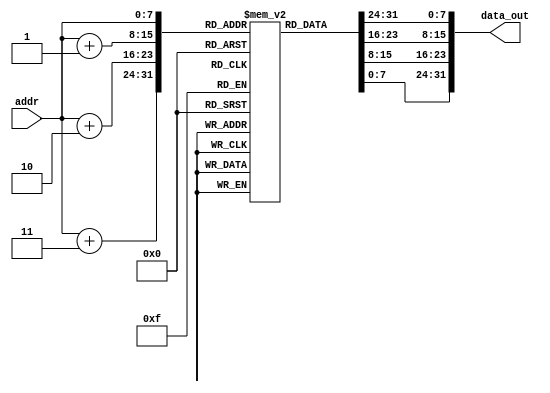
`timescale 1ns / 1ps
//////////////////////////////////////////////////////////////////////////////////
// Company: 
// Engineer: 
// 
// Design Name: 
// Module Name: InstMem
// Project Name: 
// Target Devices: 
// Tool Versions: 
// Description: 
// 
// Dependencies: 
// 
// Revision:
// Revision 0.01 - File Created
// Additional Comments:
// 
//////////////////////////////////////////////////////////////////////////////////

module InstMem (
    //input [5:0] addr, 
    input [7:0] addr, 
    output [31:0] data_out
    ); 
    //reg [31:0] mem [0:63];
    reg [7:0] mem [0:255];
    
   initial begin


//        mem[0]=32'b00000000000000000000000000110011 ; //add x0, x0, x0//added to be skipped since PC starts with 4 after reset 
//        mem[1]=32'b00000000000000000010000010000011 ; //lw x1, 0(x0)  17
//        mem[2]=32'b00000000010000000010000100000011 ; //lw x2, 4(x0)  9 
//        mem[3]=32'b00000000100000000010000110000011 ; //lw x3, 8(x0)  25
//        mem[4]=32'b00000000001000001110001000110011 ; //or x4, x1, x2  25
//        mem[5]=32'b00000000001100100000010001100011 ; //beq x4, x3, 8  0 
//        mem[6]=32'b00000000001000001000000110110011 ; //add x3, x1, x2 
//        mem[7]=32'b00000000001000011000001010110011 ; //add x5, x3, x2    34  
//        mem[8]=32'b00000000010100000010011000100011 ; //sw x5, 12(x0) 0
//        mem[9]=32'b00000000110000000010001100000011 ; //lw x6, 12(x0)  34
//        mem[10]=32'b00000000000100110111001110110011 ; //and x7, x6, x1 0
//        mem[11]=32'b01000000001000001000010000110011 ; //sub x8, x1, x2  8
//        mem[12]=32'b00000000001000001000000000110011 ; //add x0, x1, x2  26
//        mem[13]=32'b00000000000100000000010010110011 ; //add x9, x0, x1 17





//   // # Assign values to registers
//        mem[0]=32'b00000000001000000000000010010011;    // addi x1, x0, 2      2  tested
//        mem[1]=32'b00000000011000000000000100010011;    // addi x2, x0, 6      #  write_data = 6     tested
//        mem[2]=32'b00000001000100000000000110010011;    // addi x3, x0, 17     #  write_data = 17    tested
//        mem[3]=32'b00000010010000000000001000010011;    // addi x4, x0, 36     #  write_data = 36    tested
//        mem[4]=32'b00100011010000000000001010010011;    // addi x5, x0, 564    #  write_data = 564   tested
//        mem[5]=32'b00000000010100101000001010110011;    // add x5, x5, x5      #  write_data = 1128  tested

//        // # Test ADD operation
//        mem[6]=32'b00000000010000011000001100110011;    // add x6, x3, x4      #   write_data = 53   tested
//        //# Test SUB operation
//        mem[7]=32'b01000000001000100000001110110011;    // sub x7, x4, x2      #  write_data = 30  tested
//        // # Test XOR operation
//        mem[8]=32'b00000000001000100100010000110011;    // xor x8, x4, x2      #    write_data = 34 tested
//        // # Test OR operation
//        mem[9]=32'b00000000001000100110010010110011;    // or x9, x4, x2       #  write_data = 38 tested
//        // # Test AND operation
//        mem[10]=32'b00000000001000100111010100110011;   // and x10, x4, x2      #  write_data = 4 tested
//        // # Test SLL operation 
//        mem[11]=32'b00000000000100100001010110110011;// sll x11, x4, x1      # x1 << x2  144 tested
//        // # Test SRL operation
//        mem[12]=32'b00000000000100100101011000110011;// srl x12, x4, x1      # x2 >> x1  9 tested
//        // # Test SRA operation
//        mem[13]=32'b01000000000100100101011010110011;// sra x13, x4, x1     # x1 >> x2   9 tested
//        // # Test ADDI operation
//        mem[14]=32'b00000000011100010000011100010011;// addi x14, x2, 7     # 13         tested
//        // # Test XORI operation
//        mem[15]=32'b00000000111100010100011110010011;// xori x15, x2, 15    # 9          tested
//        // # Test ORI operation 
//        mem[16]=32'b00000001010000001110100000010011;// ori x16, x1, 20     # 22         tested
//        // # Test SLLI operation
//        mem[17]=32'b00000000010100101001100010010011;// slli x17, x5, 5     #  x5 << 5   36096   tested
//        // # Test SRLI operation 
//        mem[18]=32'b00000000010100100101100100010011;// srli x18, x4, 5     # x4 >> 5     1   tested
//        // # Test SRAI operation
//        mem[19]=32'b01000000000100010101100110010011;// srai x19, x2, 1     # x2 >> 1  needs to be tested again

//         // # Assign values to registers
//        mem[20]=32'b00000010010000000000101000010011; // addi x20,x0,36   # write_data = 36
//        // # Test BEQ taken  tested
//        mem[21]=32'b00000001010000100000010001100011; // beq x4, x20, eq_label # Branch if x20 == x4
//        mem[22]=32'b00000000000100000000101010010011; // addi x21, x0, 1     # x21 = 1
//        mem[23]=32'b00000000001000000000101010010011; // eq_label: addi x21, x0, 2     # x21 = 2
//        // # Test BEQ not taken tested
//        mem[24]=32'b00000001010000101000010001100011; // beq x5, x20, eq_label2 # Branch if x20 == x5
//        mem[25]=32'b00000000000100000000101010010011; // addi x21, x0, 1     # x21 = 1
//        mem[26]=32'b00000000001000000000101010010011; // eq_label2: addi x21, x0, 2     # x21 = 2
//        // # Test BNE taken  tested
//        mem[27]=32'b00000000001000001001010001100011; // bne x1, x2, ne_label # Branch if x1 != x2  
//        mem[28]=32'b00000000000100000000101100010011; // addi x22, x0, 1     # x22 = 1
//        mem[29]=32'b00000000001000000000101100010011; // ne_label: addi x22, x0, 2     # x22 = 2
//        // # Test BNE not taken tested
//        mem[30]=32'b00000001010000100001010001100011; // bne x4, x20, ne_label2 # Branch if x4 != x20 
//        mem[31]=32'b00000000000100000000101100010011; // addi x22, x0, 1     # x22 = 1
//        mem[32]=32'b00000000001000000000101100010011; // ne_label2: addi x22, x0, 2     # x22 = 2
//        // # Test BLT taken tested
//        mem[33]=32'b00000000001000001100010001100011; // blt x1, x2, lt_label # Branch if x1 < x2 2<6
//        mem[34]=32'b00000000000100000000101110010011; // addi x23, x0, 1     # x23 = 1
//        mem[35]=32'b00000000001000000000101110010011; // lt_label: addi x23, x0, 2    # x23 = 2
//        // # Test BLT not taken tested
//        mem[36]=32'b00000000000100010100010001100011; // blt x2, x1, lt_label2 # Branch if x2 < x1
//        mem[37]=32'b00000000000100000000101110010011; // addi x23, x0, 1     # x23 = 1
//        mem[38]=32'b00000000001000000000101110010011; // lt_label2: addi x23, x0, 2    # x23 = 2
//        // # Test BGE taken tested
//        mem[39]=32'b00000000001100100101010001100011; // bge x4, x3, ge_label # Branch if x4 >= x3
//        mem[40]=32'b00000000000100000000110000010011; // addi x24, x0, 1     # x24 = 1
//        mem[41]=32'b00000000001000000000110000010011; // ge_label: addi x24, x0, 2     # x20 = 2
//        // # Test BGE not taken tested
//        mem[42]=32'b00000000010000011101010001100011; // bge x3, x4, ge_label2 # Branch if x3 >= x4
//        mem[43]=32'b00000000000100000000110000010011; // addi x24, x0, 1     # x24 = 1
//        mem[44]=32'b00000000001000000000110000010011; // ge_label2: addi x24, x0, 2     # x20 = 2
//        // # Test BLTU taken tested
//        mem[45]=32'b00000000001000001110010001100011; // bltu x1, x2, ltu_label # Branch if x1 < x2 (unsigned)
//        mem[46]=32'b00000000000100000000110010010011; // addi x25, x0, 1     # x25 = 1
//        mem[47]=32'b00000000001000000000110010010011; // ltu_label:addi x25, x0, 2     # x25 = 2
//        // # Test BLTU not taken tested
//        mem[48]=32'b00000000000100010110010001100011; // bltu x2, x1, ltu_label2 # Branch if x2 < x1 (unsigned)
//        mem[49]=32'b00000000000100000000110010010011; // addi x25, x0, 1     # x25 = 1
//        mem[50]=32'b00000000001000000000110010010011; // ltu_label2:addi x25, x0, 2     # x25 = 2
//        // # Test BGEU taken tested
//        mem[51]=32'b00000000001100100111010001100011; // bgeu x4, x3, bgeu_label # Branch if x4 >= x3 (unsigned)
//        mem[52]=32'b00000000000100000000110100010011; // addi x26, x0, 1     # x26 = 1
//        mem[53]=32'b00000000001000000000110100010011; // bgeu_label: addi x26, x0, 2     # x26 = 2
//        // # Test BGEU not taken tested
//        mem[54]=32'b00000000010000011111010001100011; //bgeu x3, x4, bgeu_label2 # Branch if x3 >= x4 (unsigned)
//        mem[55]=32'b00000000000100000000110110010011; //addi x27, x0, 1     # x27 = 1
//        mem[56]=32'b00000000001000000000110110010011; //bgeu_label2: addi x27, x0, 2     # x27 = 2
//        // #Set less than instructions
//        // # Test SLT operation
//        // # The condition is true  tested
//        mem[57]=32'b00000000001000001010111000110011; // slt x28, x1, x2      # Set x28 = 1 if x1 < x2, else x26 = 0
//        // # The condition is false tested
//        mem[58]=32'b00000000000100010010111000110011; //  slt x28, x2, x1      # Set x28 = 1 if x2 < x1, else x26 = 0
//        // # Test SLTU operation
//        // # The condition is true  tested
//        mem[59]=32'b00000000001000001011111010110011; // sltu x29, x1, x2     # Set x29 = 1 if x1 < x2 (unsigned), else x29 = 0
//        // # The condition is false tested
//        mem[60]=32'b00000000000100010011111010110011; // sltu x29, x2, x1     # Set x29 = 1 if x2 < x1 (unsigned), else x29 = 0
//        // # Test SLTI operation
//        // # The condition is true  tested
//        mem[61]=32'b00000000101000010010111100010011; // slti x30, x2, 10     # Set x30 = 1 if x2 < 10, else x30 = 0
//        // # The condition is false tested
//        mem[62]=32'b00000000010100010010111100010011; // slti x30, x2, 5     # Set x30 = 1 if x2 < 5, else x30 = 0
//        // Test SLTIU operation
//        // # The condition is true tested
//        mem[63]=32'b00000000101000001011111110010011; // sltiu x31, x1, 10    # Set x31 = 1 if x1 < 10 (unsigned), else x32 = 0
////        // # The condition is false tested
////        mem[64]=32'b00000000010100001011111110010011; // sltiu x31, x1, 5    # Set x31 = 1 if x1 < 5 (unsigned), else x32 = 0




//        {mem[0],mem[1],mem[2],mem[3]}    =32'b0000000_00000_00000_000_00000_0110011 ; //add x0, x0, x0//added to be skipped since PC starts with 4 after reset 
//        {mem[4],mem[5],mem[6],mem[7]}    =32'b000000000000_00000_010_00001_0000011 ; //lw x1, 0(x0)  17
//        {mem[8],mem[9],mem[10],mem[11]}  =32'b000000000100_00000_010_00010_0000011 ; //lw x2, 4(x0)  9 
//        {mem[12],mem[13],mem[14],mem[15]}=32'b000000001000_00000_010_00011_0000011 ; //lw x3, 8(x0)  25
//        {mem[16],mem[17],mem[18],mem[19]}=32'b0000000_00010_00001_110_00100_0110011 ; //or x4, x1, x2  25
//        {mem[20],mem[21],mem[22],mem[23]}=32'b0000_0000_0011_0010_0000_0100_0110_0011; //beq x4, x3, 4  0 
//        {mem[24],mem[25],mem[26],mem[27]}=32'b0000000_00010_00001_000_00011_0110011 ; //add x3, x1, x2 
//        {mem[28],mem[29],mem[30],mem[31]}=32'b0000000_00010_00011_000_00101_0110011 ; //add x5, x3, x2    34  
//        {mem[32],mem[33],mem[34],mem[35]}=32'b0000000_00101_00000_010_01100_0100011; //sw x5, 12(x0) 0
//        {mem[36],mem[37],mem[38],mem[39]}=32'b000000001100_00000_010_00110_0000011 ; //lw x6, 12(x0)  34
//        {mem[40],mem[41],mem[42],mem[43]}=32'b0000000_00001_00110_111_00111_0110011 ; //and x7, x6, x1 0
//        {mem[44],mem[45],mem[46],mem[47]}=32'b0100000_00010_00001_000_01000_0110011 ; //sub x8, x1, x2  8
//        {mem[48],mem[49],mem[50],mem[51]}=32'b0000000_00010_00001_000_00000_0110011 ; //add x0, x1, x2  26
//        {mem[52],mem[53],mem[54],mem[55]}=32'b0000000_00001_00000_000_01001_0110011 ; //add x9, x0, x1 17





//        //mem[addr],mem[addr+1],mem[addr+2],mem[addr+3]
////        // # Assign values to registers
        {mem[0],mem[1],mem[2],mem[3]}    =32'b00000000001000000000000010010011;    // addi x1, x0, 2      2  tested
        {mem[4],mem[5],mem[6],mem[7]}    =32'b00000000011000000000000100010011;    // addi x2, x0, 6      #  write_data = 6     tested
        {mem[8],mem[9],mem[10],mem[11]}  =32'b00000001000100000000000110010011;    // addi x3, x0, 17     #  write_data = 17    tested
        {mem[12],mem[13],mem[14],mem[15]}=32'b00000010010000000000001000010011;    // addi x4, x0, 36     #  write_data = 36    tested
        {mem[16],mem[17],mem[18],mem[19]}=32'b00100011010000000000001010010011;    // addi x5, x0, 564    #  write_data = 564   tested
        {mem[20],mem[21],mem[22],mem[23]}=32'b00000000010100101000001010110011;    // add x5, x5, x5      #  write_data = 1128  tested
        // # Test ADD operation
        {mem[24],mem[25],mem[26],mem[27]}=32'b00000000010000011000001100110011;    // add x6, x3, x4      #   write_data = 53   tested
        //# Test SUB operation
        {mem[28],mem[29],mem[30],mem[31]}=32'b01000000001000100000001110110011;    // sub x7, x4, x2      #  write_data = 30  tested
        // # Test XOR operation
        {mem[32],mem[33],mem[34],mem[35]}=32'b00000000001000100100010000110011;    // xor x8, x4, x2      #    write_data = 34 tested
        // # Test OR operation
        {mem[36],mem[37],mem[38],mem[39]}=32'b00000000001000100110010010110011;    // or x9, x4, x2       #  write_data = 38 tested
        // # Test AND operation
        {mem[40],mem[41],mem[42],mem[43]}=32'b00000000001000100111010100110011;   // and x10, x4, x2      #  write_data = 4 tested
        // # Test SLL operation 
        {mem[44],mem[45],mem[46],mem[47]}=32'b00000000000100100001010110110011;// sll x11, x4, x1      # x1 << x2  144 tested
        // # Test SRL operation
        {mem[48],mem[49],mem[50],mem[51]}=32'b00000000000100100101011000110011;// srl x12, x4, x1      # x2 >> x1  9 tested
        // # Test SRA operation
        {mem[52],mem[53],mem[54],mem[55]}=32'b01000000000100100101011010110011;// sra x13, x4, x1     # x1 >> x2   9 tested
        // # Test ADDI operation
        {mem[56],mem[57],mem[58],mem[59]}=32'b00000000011100010000011100010011;// addi x14, x2, 7     # 13         tested
        // # Test XORI operation
        {mem[60],mem[61],mem[62],mem[63]}=32'b00000000111100010100011110010011;// xori x15, x2, 15    # 9          tested
        // # Test ORI operation 
        {mem[64],mem[65],mem[66],mem[67]}=32'b00000001010000001110100000010011;// ori x16, x1, 20     # 22         tested
        // # Test SLLI operation
        {mem[68],mem[69],mem[70],mem[71]}=32'b00000000010100101001100010010011;// slli x17, x5, 5     #  x5 << 5   36096   tested
        // # Test SRLI operation 
        {mem[72],mem[73],mem[74],mem[75]}=32'b00000000010100100101100100010011;// srli x18, x4, 5     # x4 >> 5     1   tested
        // # Test SRAI operation
        {mem[76],mem[77],mem[78],mem[79]}=32'b01000000000100010101100110010011;// srai x19, x2, 1     # x2 >> 1  needs to be tested again

         // # Assign values to registers
        {mem[80],mem[81],mem[82],mem[83]}=32'b00000010010000000000101000010011; // addi x20,x0,36   # write_data = 36
        // # Test BEQ taken  tested
        {mem[84],mem[85],mem[86],mem[87]}=32'b00000001010000100000010001100011; // beq x4, x20, eq_label # Branch if x20 == x4
        {mem[88],mem[89],mem[90],mem[91]}=32'b00000000000100000000101010010011; // addi x21, x0, 1     # x21 = 1
        {mem[92],mem[93],mem[94],mem[95]}=32'b00000000001000000000101010010011; // eq_label: addi x21, x0, 2     # x21 = 2
        // # Test BEQ not taken tested
        {mem[96],mem[97],mem[98],mem[99]}=32'b00000001010000101000010001100011; // beq x5, x20, eq_label2 # Branch if x20 == x5
        {mem[100],mem[101],mem[102],mem[103]}=32'b00000000000100000000101010010011; // addi x21, x0, 1     # x21 = 1
        {mem[104],mem[105],mem[106],mem[107]}=32'b00000000001000000000101010010011; // eq_label2: addi x21, x0, 2     # x21 = 2
        // # Test BNE taken  tested
        {mem[108],mem[109],mem[110],mem[111]}=32'b00000000001000001001010001100011; // bne x1, x2, ne_label # Branch if x1 != x2  
        {mem[112],mem[113],mem[114],mem[115]}=32'b00000000000100000000101100010011; // addi x22, x0, 1     # x22 = 1
        {mem[116],mem[117],mem[118],mem[119]}=32'b00000000001000000000101100010011; // ne_label: addi x22, x0, 2     # x22 = 2
        // # Test BNE not taken tested
        {mem[120],mem[121],mem[122],mem[123]}=32'b00000001010000100001010001100011; // bne x4, x20, ne_label2 # Branch if x4 != x20 
        {mem[124],mem[125],mem[126],mem[127]}=32'b00000000000100000000101100010011; // addi x22, x0, 1     # x22 = 1
        {mem[128],mem[129],mem[130],mem[131]}=32'b00000000001000000000101100010011; // ne_label2: addi x22, x0, 2     # x22 = 2
        // # Test BLT taken tested
        {mem[132],mem[133],mem[134],mem[135]}=32'b00000000001000001100010001100011; // blt x1, x2, lt_label # Branch if x1 < x2 2<6
        {mem[136],mem[137],mem[138],mem[139]}=32'b00000000000100000000101110010011; // addi x23, x0, 1     # x23 = 1
        {mem[140],mem[141],mem[142],mem[143]}=32'b00000000001000000000101110010011; // lt_label: addi x23, x0, 2    # x23 = 2
        // # Test BLT not taken tested
        {mem[144],mem[145],mem[146],mem[147]}=32'b00000000000100010100010001100011; // blt x2, x1, lt_label2 # Branch if x2 < x1
        {mem[148],mem[149],mem[150],mem[151]}=32'b00000000000100000000101110010011; // addi x23, x0, 1     # x23 = 1
        {mem[152],mem[153],mem[154],mem[155]}=32'b00000000001000000000101110010011; // lt_label2: addi x23, x0, 2    # x23 = 2
        // # Test BGE taken tested
        {mem[156],mem[157],mem[158],mem[159]}=32'b00000000001100100101010001100011; // bge x4, x3, ge_label # Branch if x4 >= x3
        {mem[160],mem[161],mem[162],mem[163]}=32'b00000000000100000000110000010011; // addi x24, x0, 1     # x24 = 1
        {mem[164],mem[165],mem[166],mem[167]}=32'b00000000001000000000110000010011; // ge_label: addi x24, x0, 2     # x20 = 2
        // # Test BGE not taken tested
        {mem[168],mem[169],mem[170],mem[171]}=32'b00000000010000011101010001100011; // bge x3, x4, ge_label2 # Branch if x3 >= x4
        {mem[172],mem[173],mem[174],mem[175]}=32'b00000000000100000000110000010011; // addi x24, x0, 1     # x24 = 1
        {mem[176],mem[177],mem[178],mem[179]}=32'b00000000001000000000110000010011; // ge_label2: addi x24, x0, 2     # x20 = 2
        // # Test BLTU taken tested
        {mem[180],mem[181],mem[182],mem[183]}=32'b00000000001000001110010001100011; // bltu x1, x2, ltu_label # Branch if x1 < x2 (unsigned)
        {mem[184],mem[185],mem[186],mem[187]}=32'b00000000000100000000110010010011; // addi x25, x0, 1     # x25 = 1
        {mem[188],mem[189],mem[190],mem[191]}=32'b00000000001000000000110010010011; // ltu_label:addi x25, x0, 2     # x25 = 2
        // # Test BLTU not taken tested
        {mem[192],mem[193],mem[194],mem[195]}=32'b00000000000100010110010001100011; // bltu x2, x1, ltu_label2 # Branch if x2 < x1 (unsigned)
        {mem[196],mem[197],mem[198],mem[199]}=32'b00000000000100000000110010010011; // addi x25, x0, 1     # x25 = 1
        {mem[200],mem[201],mem[202],mem[203]}=32'b00000000001000000000110010010011; // ltu_label2:addi x25, x0, 2     # x25 = 2
        // # Test BGEU taken tested
        {mem[204],mem[205],mem[206],mem[207]}=32'b00000000001100100111010001100011; // bgeu x4, x3, bgeu_label # Branch if x4 >= x3 (unsigned)
        {mem[208],mem[209],mem[210],mem[211]}=32'b00000000000100000000110100010011; // addi x26, x0, 1     # x26 = 1
        {mem[212],mem[213],mem[214],mem[215]}=32'b00000000001000000000110100010011; // bgeu_label: addi x26, x0, 2     # x26 = 2
        // # Test BGEU not taken tested
        {mem[216],mem[217],mem[218],mem[219]}=32'b00000000010000011111010001100011; //bgeu x3, x4, bgeu_label2 # Branch if x3 >= x4 (unsigned)
        {mem[220],mem[221],mem[222],mem[223]}=32'b00000000000100000000110110010011; //addi x27, x0, 1     # x27 = 1
        {mem[224],mem[225],mem[226],mem[227]}=32'b00000000001000000000110110010011; //bgeu_label2: addi x27, x0, 2     # x27 = 2
        // #Set less than instructions
        // # Test SLT operation
        // # The condition is true  tested
        {mem[228],mem[229],mem[230],mem[231]}=32'b00000000001000001010111000110011; // slt x28, x1, x2      # Set x28 = 1 if x1 < x2, else x26 = 0
        // # The condition is false tested
        {mem[232],mem[233],mem[234],mem[235]}=32'b00000000000100010010111000110011; //  slt x28, x2, x1      # Set x28 = 1 if x2 < x1, else x26 = 0
        // # Test SLTU operation
        // # The condition is true  tested
        {mem[236],mem[237],mem[238],mem[239]}=32'b00000000001000001011111010110011; // sltu x29, x1, x2     # Set x29 = 1 if x1 < x2 (unsigned), else x29 = 0
        // # The condition is false tested
        {mem[240],mem[241],mem[242],mem[243]}=32'b00000000000100010011111010110011; // sltu x29, x2, x1     # Set x29 = 1 if x2 < x1 (unsigned), else x29 = 0
        // # Test SLTI operation
        // # The condition is true  tested
        {mem[244],mem[245],mem[246],mem[247]}=32'b00000000101000010010111100010011; // slti x30, x2, 10     # Set x30 = 1 if x2 < 10, else x30 = 0
        // # The condition is false tested
        {mem[248],mem[249],mem[250],mem[251]}=32'b00000000010100010010111100010011; // slti x30, x2, 5     # Set x30 = 1 if x2 < 5, else x30 = 0
        // Test SLTIU operation
        // # The condition is true tested
        {mem[252],mem[253],mem[254],mem[255]}=32'b00000000000000000000000001110011; // ecall  
        //{mem[252],mem[253],mem[254],mem[255]}=32'b00000000101000001011111110010011; // sltiu x31, x1, 10    # Set x31 = 1 if x1 < 10 (unsigned), else x32 = 0
        // # The condition is false tested
        //{mem[256],mem[257],mem[258],mem[259]}=32'b00000000010100001011111110010011; // sltiu x31, x1, 5    # Set x31 = 1 if x1 < 5 (unsigned), else x32 = 0








        // # Initialize memory addresses  tested
//        {mem[0], mem[2], mem[3], mem[4]}=32'b00000110010000000000101000010011; // addi x20, x0, 100      # Memory address for byte   
//        mem[2]=32'b00000110100000000000101010010011; // addi x21, x0, 104      # Memory address for halfword  
//        mem[3]=32'b00000110110000000000101100010011; // addi x22, x0, 108      # Memory address for word
//        // # Assign values to registers   tested
//        mem[4]=32'b00000000111100000000000010010011; // addi x1, x0, 15        # Data for byte          1111
//        mem[5]=32'b00111110100000000000000100010011; // addi x2, x0, 1000      # Data for halfword	0011_1110_1000
//        mem[6]=32'b00110111111100000000000110010011; // addi x3, x0, 895       # Data for word
//        mem[7]=32'b00110111111100011000000110010011; // addi x3, x3, 895       # Data for word 
//        mem[8]=32'b00000000001100011000000110110011; // add x3, x3, x3         # Data for word 3580
//        mem[9]=32'b00000000001100011000000110110011; // add x3, x3, x3         # Data for word 7160   0001_1011_1111_1000
//        // # Store data into memory tested
//        mem[10]=32'b00000000000110100000000000100011; // sb  x1, 0(x20)          # Store byte     1111  15   tested
//        mem[11]=32'b00000000001010101001000000100011; // sh  x2, 0(x21)          # Store halfword  0011_1110_1000 --> (1110_1000  + 0000_0011)  tested
//        mem[12]=32'b00000000001110110010000000100011; // sw  x3, 0(x22)          # Store word    0001_1011_1111_1000 --?(1111_1000 + 0001_1011) tested
//        // # Load data from memory tested
//        mem[13]=32'b00000000000010100000001000000011; // lb  x4, 0(x20)          # Load byte   15 tested
//        mem[14]=32'b00000000000010101001001010000011; // lh  x5, 0(x21)          # Load halfword 1000 tested
//        mem[15]=32'b00000000000010110010001100000011; // lw  x6, 0(x22)          # Load word  7160 tested
//        // # Sign-extend byte data and load unsigned byte tested
//        mem[16]=32'b00000000000010100100001110000011; // lbu x7, 0(x20)          # Load unsigned byte  15  tested
//       // mem[16] = 32'b00000000000000000000000001110011; // ecall   
//        // # Load unsigned halfword tested
//        mem[17]=32'b00000000000010101101010000000011; // lhu x8, 0(x21)          # Load unsigned halfword  1000  tested
//        // # After loading data and for simplicity, let's just add some values together tested
//        mem[18]=32'b00000000010100100000010010110011; // add x9, x4, x5         # Add byte and halfword  1015  tested
//        mem[19]=32'b00000000011001001000010100110011; // add x10, x9, x6        # Add previous result with word  1015 + 7160 = 8175  tested
//        // # Store results for verification tested
//        mem[20]=32'b00000111000000000000101110010011; // addi x23, x0, 112      # Memory address for storing results  tested
//        mem[21]=32'b00000000100110111010000000100011; // sw  x9, 0(x23)          # Store result of byte + halfword  0000_0011_1111_0111 (1111_0111 + 0000_0011) tested
//        mem[22]=32'b00000000101010111010001000100011; // sw  x10, 4(x23)         # Store final result  00001_1111_1110_1111 (1110_1111 + 0001_1111) tested
//        // Reading From Memory (initially assigned data) tested
//        mem[23]=32'b00000000000000000000010100000011; //lb x10,0(x0)  4294967189  1111_1111_1111_1111_1111_1111_1001_0101  tested
//        mem[24]=32'b00000000000000000001010100000011; //lh x10,0(x0)  4294936981  1111_1111_1111_1111_1000_1001_1001_0101  tested
//        mem[25]=32'b00000000000000000010010100000011; //lw x10,0(x0)  1247381909  0100_1010_0101_1001_1000_1001_1001_0101  tested
//        mem[26]=32'b00000000000000000100010100000011; //lbu x10,0(x0) 149         0000_0000_0000_0000_0000_0000_1001_0101  tested
//        mem[27]=32'b00000000000000000101010100000011; //lhu x10,0(x0) 35221       0000_0000_0000_0000_1000_1001_1001_0101  tested
      //  mem[28] = 32'b00000000000000000000000001110011; // ecall

//          //JAL and JALR testing 
//          mem[0]=32'b00000001010000000000000010010011; // addi x1, x0, 20     
//          mem[1]=32'b00000001010100000000000100010011; //addi x2, x0, 21   
//          mem[2] = 32'b00000000000000000000000001110011; // ecall   
//          mem[3]=32'b00000000100000000000010101101111; //jal x10,L1
//          mem[4]=32'b00000010100000000000000010010011; //addi x1, x0, 40     
//          mem[5]=32'b00000001100000000000000110010011; //L1:addi x3, x0, 24      
//          mem[6]=32'b00000001011100000000001000010011; //addi x4, x0, 23 
//          mem[7]=32'b00000001100000000000001010010011; //addi x5, x0, 24  
//          mem[8]=32'b00000010110000000000001100010011; //addi x6,x0,44      44
//          mem[9]=32'b00000000100000110000010111100111; // jalr x11, 8(x6)  
//          mem[10]=32'b00000011110000000000000010010011; // addi x1, x0, 60     
//          mem[11]=32'b00000100011000000000000100010011; // addi x2, x0, 70
//          mem[12]=32'b00000001100100000000001000010011; // addi x4, x0, 25 
//          mem[13]=32'b00000001101000000000001010010011; // addi x5, x0, 26
//          mem[14]=32'b00000000111100000000000010010011; // addi x1, x0, 15
//          mem[15]=32'b00000000000010011000001110110111; // lui x7, 152
//          mem[16]=32'b00000000001010010011010000010111; //auipc x8,659


          //JAL and JALR testing 
//          mem[0]=32'b00000001010000000000000010010011; // addi x1, x0, 20     
//          mem[1]=32'b00000001010100000000000100010011; //addi x2, x0, 21   
//          mem[2] =32'b00000001010100000000000100010011; //addi x2, x0, 21  
//          mem[3]=32'b00000000100000000000010101101111; //jal x10,L1 
//          mem[4]=32'b00000010100000000000000010010011; //addi x1, x0, 40     
//          mem[5]=32'b00000001100000000000000110010011; //L1:addi x3, x0, 24      
//          mem[6]=32'b00000001011100000000001000010011; //addi x4, x0, 23 
//          mem[7]=32'b00000001100000000000001010010011; //addi x5, x0, 24  
//          mem[8]=32'b00000010110000000000001100010011; //addi x6,x0,44      44
//          mem[9]=32'b00000000100000110000010111100111; // jalr x11, 8(x6)  
//          mem[10]=32'b00000011110000000000000010010011; // addi x1, x0, 60     
//          mem[11]=32'b00000100011000000000000100010011; // addi x2, x0, 70
//          mem[12]=32'b00000001100100000000001000010011; // addi x4, x0, 25 
//          mem[13]=32'b00000001101000000000001010010011; // addi x5, x0, 26
//          mem[14]=32'b00000000111100000000000010010011; // addi x1, x0, 15
//          mem[15]=32'b00000000000010011000001110110111; // lui x7, 152
//          mem[16]=32'b00000000001010010011010000010111; //auipc x8,659



        
    end
    
    assign data_out = {mem[addr],mem[addr+1],mem[addr+2],mem[addr+3]};
    //assign data_out = mem[addr]; 
endmodule